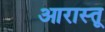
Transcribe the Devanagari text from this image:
आरास्तू